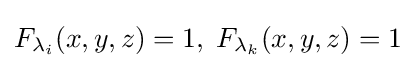
F_{\lambda _{i}}(x,y,z)=1,\;F_{\lambda _{k}}(x,y,z)=1